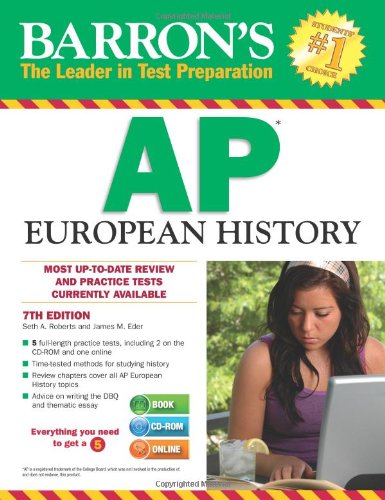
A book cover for Barron's AP European History, 7th Edition (Revised); Seth A. Roberts; Test Preparation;